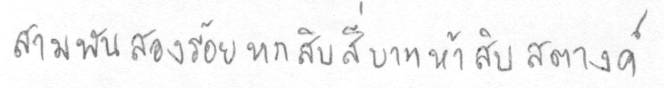
สามพันสองร้อยหกสิบสี่บาทห้าสิบสตางค์